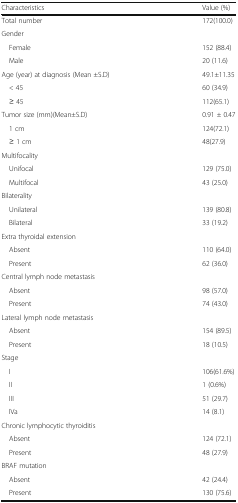
| Characteristics | Value (%) |
 | --- | --- |
 | Total number | 172(100.0) |
 | <COLSPAN=2> Gender |
 | Female | 152 (88.4) |
 | Male | 20 (11.6) |
 | Age (year) at diagnosis (Mean ±S.D) | 49.1±11.35 |
 | < 45 | 60 (34.9) |
 | ≥ 45 | 112(65.1) |
 | Tumor size (mm)(Mean±S.D) | 0.91 ± 0.47 |
 | 1 cm | 124(72.1) |
 | ≥ 1 cm | 48(27.9) |
 | <COLSPAN=2> Multifocality |
 | Unifocal | 129 (75.0) |
 | Multifocal | 43 (25.0) |
 | <COLSPAN=2> Bilaterality |
 | Unilateral | 139 (80.8) |
 | Bilateral | 33 (19.2) |
 | <COLSPAN=2> Extra thyroidal extension |
 | Absent | 110 (64.0) |
 | Present | 62 (36.0) |
 | <COLSPAN=2> Central lymph node metastasis |
 | Absent | 98 (57.0) |
 | Present | 74 (43.0) |
 | <COLSPAN=2> Lateral lymph node metastasis |
 | Absent | 154 (89.5) |
 | Present | 18 (10.5) |
 | <COLSPAN=2> Stage |
 | I | 106(61.6%) |
 | II | 1 (0.6%) |
 | III | 51 (29.7) |
 | IVa | 14 (8.1) |
 | <COLSPAN=2> Chronic lymphocytic thyroiditis |
 | Absent | 124 (72.1) |
 | Present | 48 (27.9) |
 | <COLSPAN=2> BRAF mutation |
 | Absent | 42 (24.4) |
 | Present | 130 (75.6) |